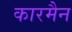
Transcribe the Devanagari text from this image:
कारमैन